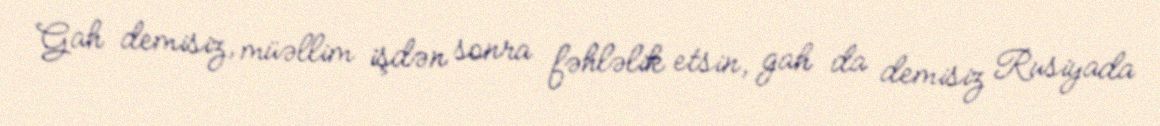
Gah demisiz, müəllim işdən sonra fəhləlik etsin, gah da demisiz Rusiyada